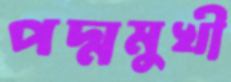
পদ্মমুখী